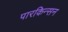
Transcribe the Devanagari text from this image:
पारकिन्सन